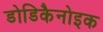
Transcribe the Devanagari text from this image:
डोडिकैनोइक